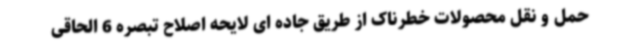
حمل و نقل محصولات خطرناک از طریق جاده ای لایحه اصلاح تبصره 6 الحاقی